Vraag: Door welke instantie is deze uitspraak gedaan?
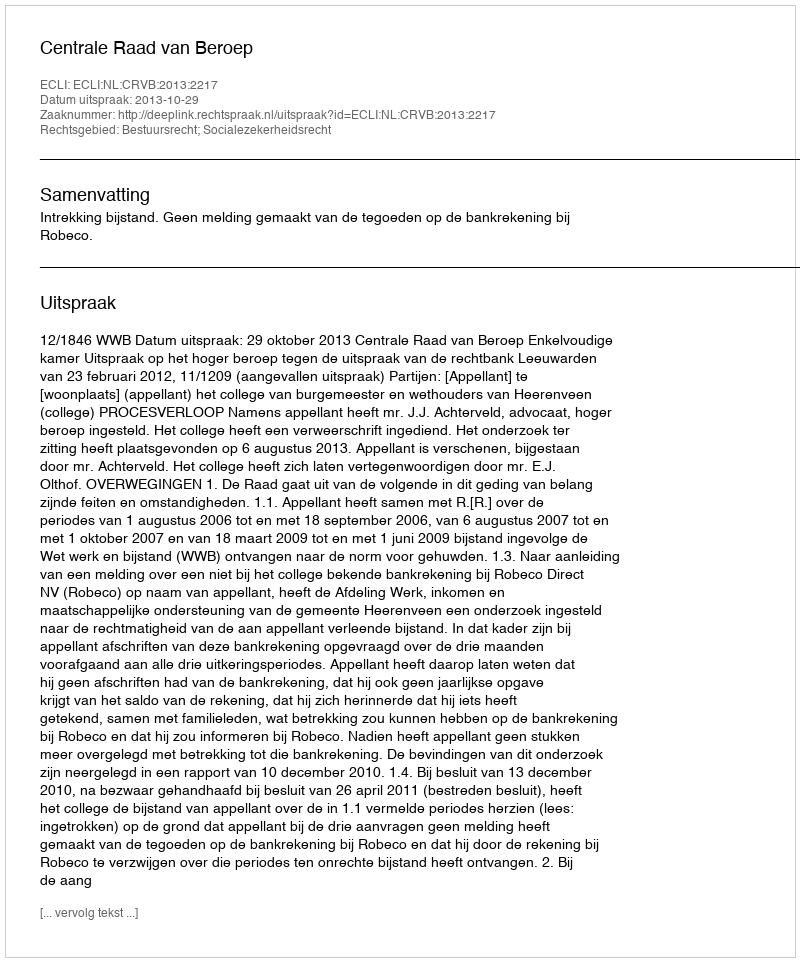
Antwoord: Centrale Raad van Beroep